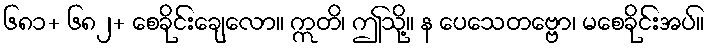
၆၈၁+ ၆၈၂+ စေခိုင်းချေလော။ ဣတိ၊ ဤသို့။ န ပေသေတဗ္ဗော၊ မစေခိုင်းအပ်။